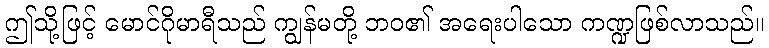
ဤသို့ဖြင့် မောင်ဂိုမာရီသည် ကျွန်မတို့ ဘဝ၏ အရေးပါသော ကဏ္ဍဖြစ်လာသည်။